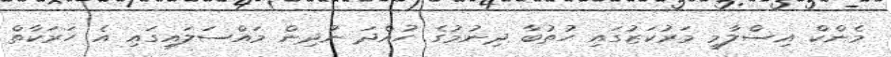
މެންކް އިސްލާމީ މަރުކަޒުގައި ހުތުބާ ދިނުމުގެ ހުއްދަ ނުދިން މައްސަލައިގައި އެ ހަރަކާތް